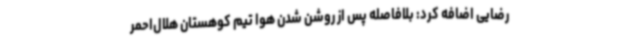
رضایی اضافه کرد: بلافاصله پس از روشن شدن هوا تیم کوهستان هلال‌احمر